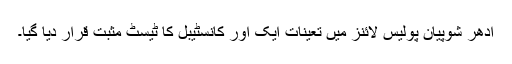
ادھر شوپیان پولیس لائنز میں تعینات ایک اور کانسٹیبل کا ٹیسٹ مثبت قرار دیا گیا۔